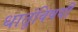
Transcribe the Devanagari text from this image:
धातूंविषयीं